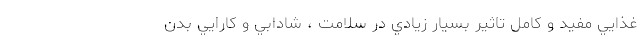
غذايي مفيد و کامل تاثير بسيار زيادي در سلامت ، شادابي و کارايي بدن